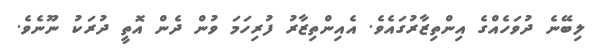
ލިބޭނެ ދުވަހެއްގެ އިންތިޒާރުގައެވެ. އެއިންތިޒާރު ފުރިހަމަ ވުން ދެން އޮތީ ދުރަކު ނޫނެވެ.